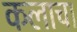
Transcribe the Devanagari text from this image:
कलाचा